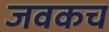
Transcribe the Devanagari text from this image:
जवकच